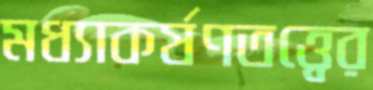
মধ্যাকর্ষণতত্ত্বের